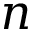
n